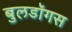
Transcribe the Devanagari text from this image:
बुलडॉगस